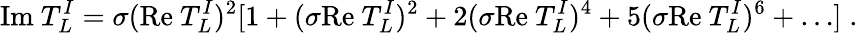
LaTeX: \mathrm{Im}~T_{L}^{I}=\sigma(\mathrm{Re}~T_{L}^{I})^{2}[1+(\sigma\mathrm{Re}~T_{L}^{I})^{2}+2(\sigma\mathrm{Re}~T_{L}^{I})^{4}+5(\sigma\mathrm{Re}~T_{L}^{I})^{6}+\dots]\; .